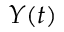
Y ( t )